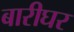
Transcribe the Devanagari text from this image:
बारीघर